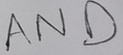
Text: AND